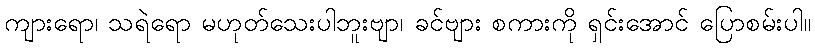
ကျားရော၊ သရဲရော မဟုတ်သေးပါဘူးဗျာ၊ ခင်ဗျား စကားကို ရှင်းအောင် ပြောစမ်းပါ။